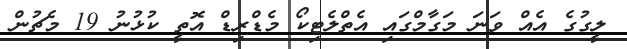
ލީގުގެ އެއް ވަނަ މަގާމްގައި އެތްލެޓިކޯ މެޑްރިޑް އޮތީ ކުޅުނު 19 މެޗުން